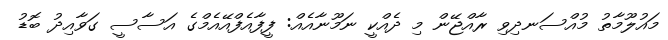
މައުލޫމާތު މުއްސަނދިވި ރާއްޖޭން މި ދެއްކީ ނަމޫނާއެއް: ފީފާއެފްއޭއެމްގެ އަސާސީ ގަވާއިދު ބޮޑު